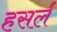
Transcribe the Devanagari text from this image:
हसर्ल